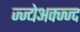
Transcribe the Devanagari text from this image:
ज्ज्येअक्ज्ज्द